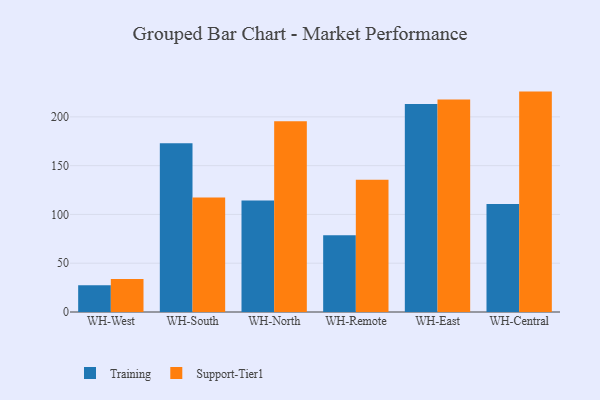
{"axis": {"x": "Warehouse", "y": "Churn Rate (%)"}, "legend": ["Support-Tier1", "Training"], "data": [{"x": "WH-West", "y": 27.3, "type": "Training"}, {"x": "WH-West", "y": 33.8, "type": "Support-Tier1"}, {"x": "WH-South", "y": 173.0, "type": "Training"}, {"x": "WH-South", "y": 117.3, "type": "Support-Tier1"}, {"x": "WH-North", "y": 114.4, "type": "Training"}, {"x": "WH-North", "y": 195.5, "type": "Support-Tier1"}, {"x": "WH-Remote", "y": 78.7, "type": "Training"}, {"x": "WH-Remote", "y": 135.5, "type": "Support-Tier1"}, {"x": "WH-East", "y": 213.1, "type": "Training"}, {"x": "WH-East", "y": 217.9, "type": "Support-Tier1"}, {"x": "WH-Central", "y": 110.7, "type": "Training"}, {"x": "WH-Central", "y": 225.9, "type": "Support-Tier1"}]}